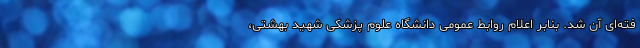
فته‌ای آن شد. بنابر اعلام روابط عمومی دانشگاه علوم پزشکی شهید بهشتی،